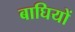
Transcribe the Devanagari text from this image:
बाघियों